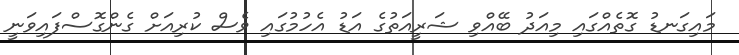
މައިގަނޑު ގޮތެއްގައި މިއަދު ބޭއްވި ޝަރީއަތުގެ އަޑު އެހުމުގައި ވެސް ކުރިއަށް ގެންގޮސްފައިވަނީ